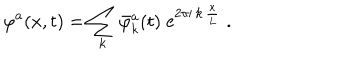
\varphi ^ { a } ( x , t ) = \sum _ { k } \bar { \varphi } _ { k } ^ { a } ( t ) \; \mathrm { e } ^ { 2 \pi \mathrm { i } \, k \, \frac { x } { L } } \; .